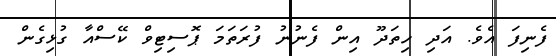
ފެނިފަ އެވެ. އަދި ހިތަދޫ އިން ފެނުނު ފުރަތަމަ ޕޮސިޓިވް ކޭސްއާ ގުޅިގެން